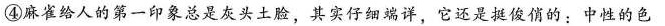
④麻雀给人的第一印象总是灰头土脸，其实仔细端详，它还是挺俊俏的：中性的色